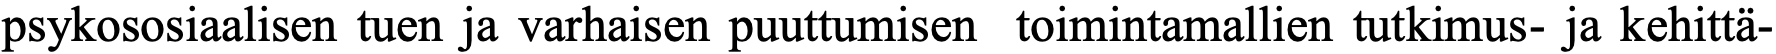
psykososiaalisen tuen ja varhaisen puuttumisen toimintamallien tutkimus- ja kehittä-